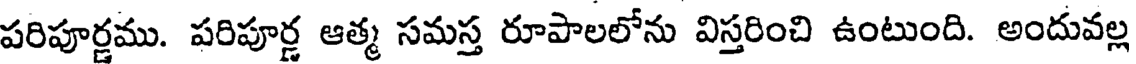
పరిపూర్ణము. పరిపూర్ణ ఆత్మ సమస్త రూపాలలోను విస్తరించి ఉంటుంది. అందువల్ల